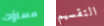
مساؤك التقسيم